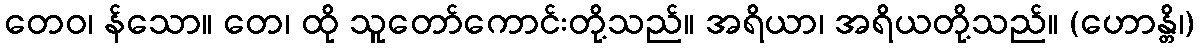
တေဝ၊ န်သော။ တေ၊ ထို သူတော်ကောင်းတို့သည်။ အရိယာ၊ အရိယတို့သည်။ (ဟောန္တိ၊)